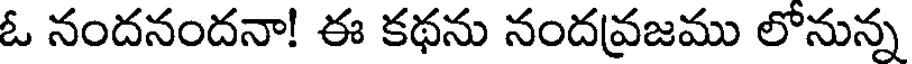
ఓ నందనందనా! ఈ కథను నందవ్రజము లోనున్న